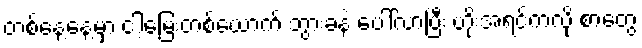
တစ်နေ့နေ့မှာ ငါ့မြေးတစ်ယောက် ဘွားခနဲ ပေါ်လာပြီး ဟိုးအရင်ကလို စာတွေ